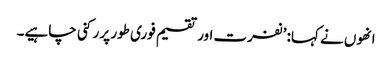
انھوں نے کہا: ’نفرت اور تقسیم فوری طور پر رکنی چاہیے۔